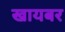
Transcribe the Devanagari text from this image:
खायबर